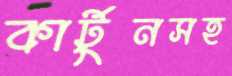
কার্টুনসহ